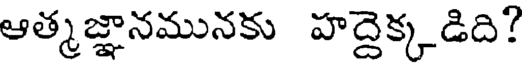
ఆత్మజ్ఞానమునకు హద్దెక్కడిది?